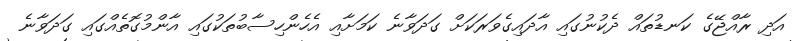
އަދި ރާއްޖޭގެ ކަނޑުތައް ދެކުނުގައި އާދައިގެވަރަކަށް ގަދަވާނެ ކަމަށާއި އެހެންހިސާބުތަކުގައި އާންމުގޮތެއްގައި ގަދަވާނެ